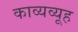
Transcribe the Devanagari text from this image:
काव्यव्यूह